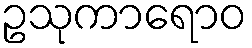
ဥသုကာရောဝ